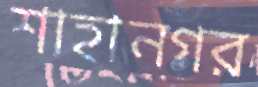
শাহানগর